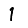
Digit: 1